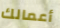
أعمالك